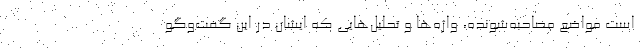
است مواضع مصاحبه‌شونده، واژه‌ها و تحلیل‌هایی که ایشان در این گفت‌وگو